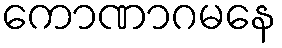
ကောဏာဂမနေ